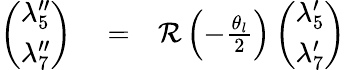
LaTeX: \begin{array}{rlr}{\left(\begin{array}{c}{\lambda_{5}^{\prime\prime}}\\ {\lambda_{7}^{\prime\prime}}\end{array}\right)}&{{}=}&{{\mathcal R}\left(-\frac{\theta_{l}}{2}\right)\left(\begin{array}{c}{\lambda_{5}^{\prime}}\\ {\lambda_{7}^{\prime}}\end{array}\right)}\end{array}